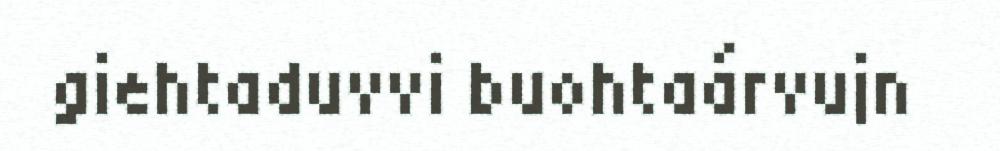
giehtaduvvi buohtaárvujn